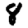
Digit: 8